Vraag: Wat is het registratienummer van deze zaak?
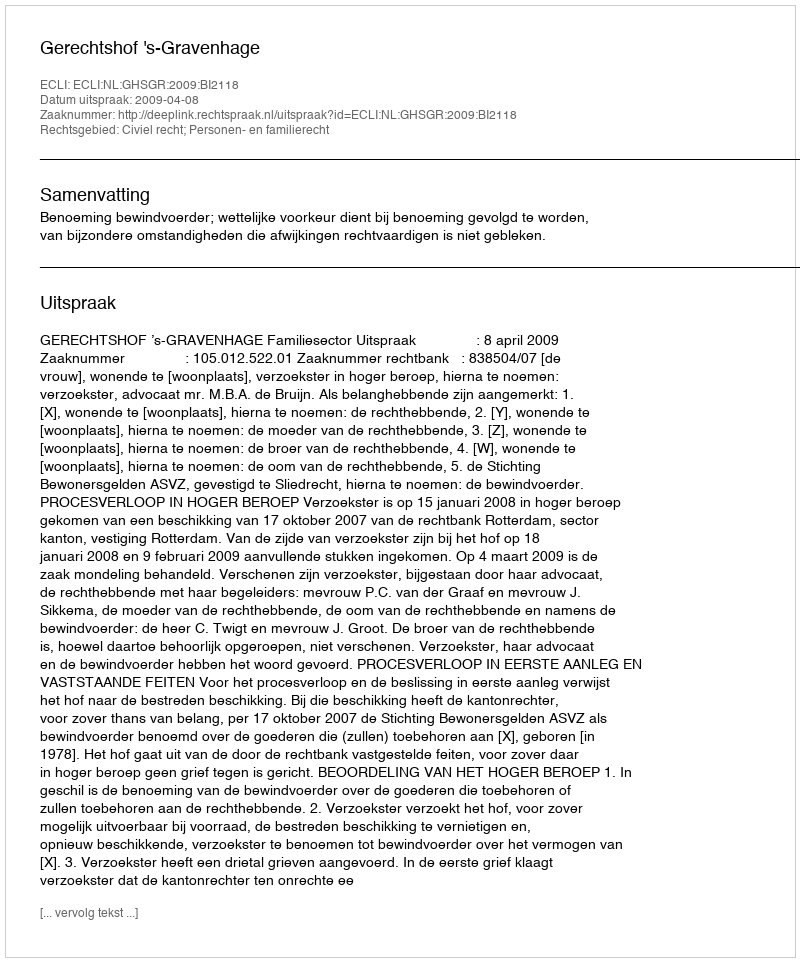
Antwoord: http://deeplink.rechtspraak.nl/uitspraak?id=ECLI:NL:GHSGR:2009:BI2118